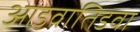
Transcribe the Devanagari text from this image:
आडवातिडवा